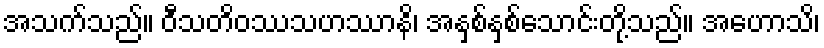
အသက်သည်။ ဝီသတိဝဿသဟဿာနိ၊ အနှစ်နှစ်သောင်းတို့သည်။ အဟောသိ၊